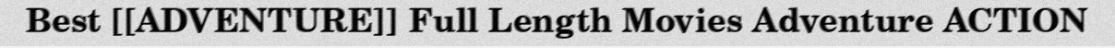
Best [[ADVENTURE]] Full Length Movies Adventure ACTION